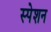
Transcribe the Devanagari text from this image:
स्पेशन